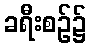
ခရီးစဉ်၌